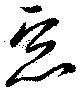
悪